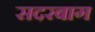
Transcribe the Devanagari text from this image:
सदरबाग